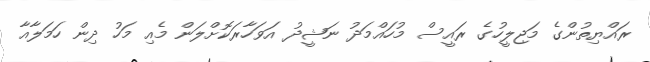
ރައްޔިތުންގެ މަޖިލީހުގެ ރައީސް މުހައްމަދު ނަޝީދު އަވަހާރަކޮށްލަން މެއި މަހު ދިން ހަމަލާއާ